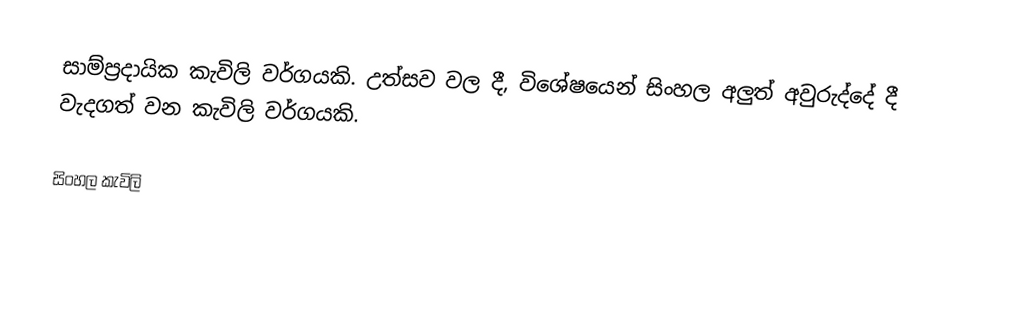
සාම්ප්‍රදායික කැවිලි වර්ගයකි. උත්සව වල දී, විශේෂයෙන් සිංහල අලුත් අවුරුද්දේ දී වැදගත් වන කැවිලි වර්ගයකි.

සිංහල ‍කැවිලි